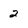
Character: 2